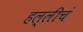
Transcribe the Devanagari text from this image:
हल्लीचं